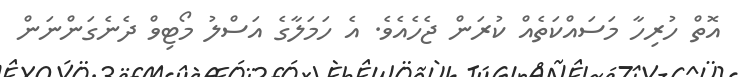
އޮތް ހުރިހާ މަސައްކަތެއް ކުރަން ޖެހެއެވެ. އެ ހަމަލާގެ އަސްލު މޯޓިވް ދެނެގަންނަން